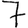
Digit: 7